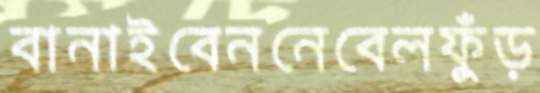
বানাইবেননেবেলফুঁড়